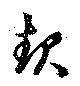
起